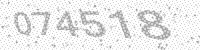
Solution: 074518